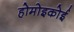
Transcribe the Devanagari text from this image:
होमोइकोई